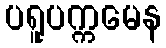
ပရူပက္ကမေန